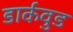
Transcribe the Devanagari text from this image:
डार्कवुड